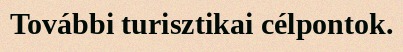
További turisztikai célpontok.